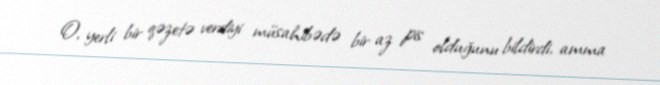
O, yerli bir qəzetə verdiyi müsahibədə bir az pis olduğunu bildirdi, amma